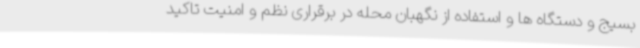
بسیج و دستگاه ها و استفاده از نگهبان محله در برقراری نظم و امنیت تاکید